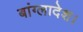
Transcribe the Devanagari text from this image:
बांग्‍लादेश।